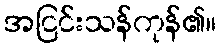
အငြင်းသန်ကုန်၏။